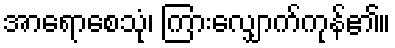
အာရောစေသုံ၊ ကြားလျှောက်ကုန်၏။